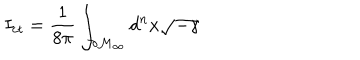
LaTeX: I _ { c t } = \frac 1 { 8 \pi } \int _ { \partial \mathcal { M } _ { \infty } } d ^ { n } x \sqrt { - \gamma }